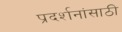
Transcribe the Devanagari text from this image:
प्रदर्शनांसाठी